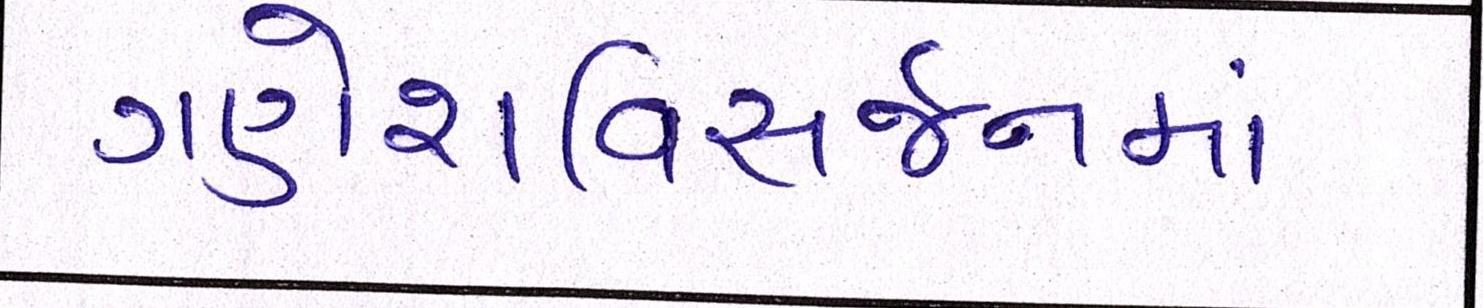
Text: ગણેશવિસર્જનમાં